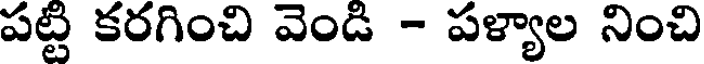
పట్టి కరగించి వెండి - పళ్యాల నించి